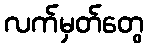
လက်မှတ်တွေ